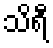
သိရီ